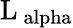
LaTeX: \mathrm{{L_{\ alpha}}}